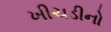
ખીચડીનો